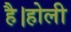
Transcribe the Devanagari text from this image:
है।होली